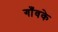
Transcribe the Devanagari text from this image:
गाँवके